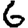
Digit: 6